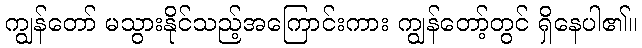
ကျွန်တော် မသွားနိုင်သည့်အကြောင်းကား ကျွန်တော့်တွင် ရှိနေပါ၏။